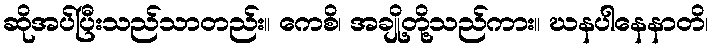
ဆိုအပ်ပြီးသည်သာတည်း။ ကေစိ၊ အချို့တို့သည်ကား။ ဃနပါနေနာတိ၊